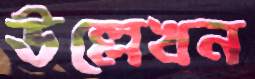
উল্লেখন